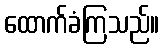
ထောက်ခံကြသည်။